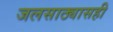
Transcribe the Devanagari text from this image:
जलसाठ्यासही